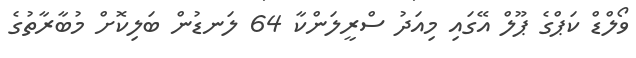
ވޯލްޑް ކަޕްގެ ޕޫލް އޭގައި މިއަދު ސްރީލަންކާ 64 ލަނޑުން ބަލިކޮށް މުބާރާތުގެ